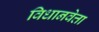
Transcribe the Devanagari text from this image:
विधानवेत्ता